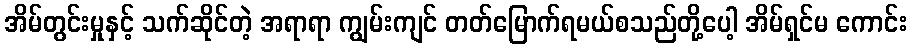
အိမ်တွင်းမှုနှင့် သက်ဆိုင်တဲ့ အရာရာ ကျွမ်းကျင် တတ်မြောက်ရမယ်စသည်တို့ပေါ့ အိမ်ရှင်မ ကောင်း